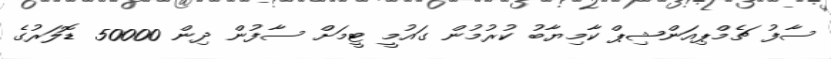
ސާފު ޗެމްޕިއަންޝިޕް ކާމިޔާބު ކުރުމުން ގައުމީ ޓީމަށް ސާފުން ދިން 50000 ޑޮލަރުގެ